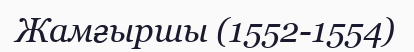
Жамғыршы (1552-1554)